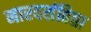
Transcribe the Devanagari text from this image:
नारदसंहिता